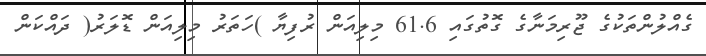
ގެއްލުންތަކުގެ ޖޫރިމަނާގެ ގޮތުގައި 61.6 މިލިއަން ރުފިޔާ )ހަތަރު މިލިއަން ޑޮލަރު( ދައްކަން